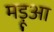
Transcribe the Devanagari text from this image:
मड़ूआ